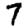
Digit: 7